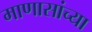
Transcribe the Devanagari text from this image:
माणासांच्या